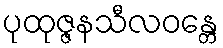
ပုထုဇ္ဇနသီလဝန္တေ